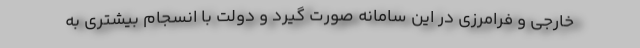
خارجی و فرامرزی در این سامانه صورت گیرد و دولت با انسجام بیشتری به